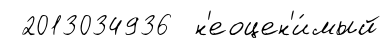
2013034936 н'еоцен'и́мый